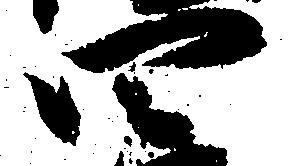
四